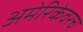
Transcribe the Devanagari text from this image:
अमेरिकेवरच